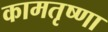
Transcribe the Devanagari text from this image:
कामतृष्णा